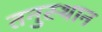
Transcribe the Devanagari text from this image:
तनुस्थान